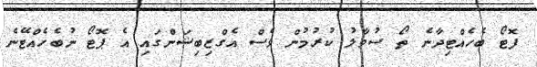
ފޮޓޯ ބެހެއްޓިދާނެ ތޯ ސުވާލު ކުރުމުން ވެސް އެގްޒިބިޝަންގައި އެ ޕޮޓޯ ނުބެހެއްޓޭނެ